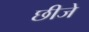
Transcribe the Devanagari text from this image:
छीजे